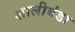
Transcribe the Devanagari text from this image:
शालीबंडा